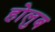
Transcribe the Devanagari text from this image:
होलुब